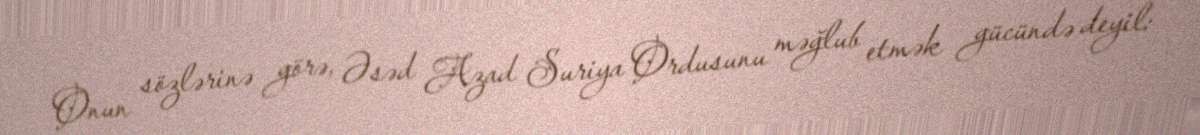
Onun sözlərinə görə, Əsəd Azad Suriya Ordusunu məğlub etmək gücündə deyil: